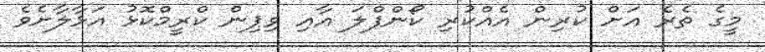
މީގެ ތެރެ އަށް ކުރިން އެއްކުރި ކޯންފްލަ އާއި ވިޕިން ކްރީމްކޮޅު އަޅާލާށެވެ